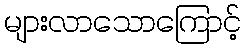
များလာသောကြောင့်